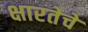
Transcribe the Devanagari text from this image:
क्षारतेचे